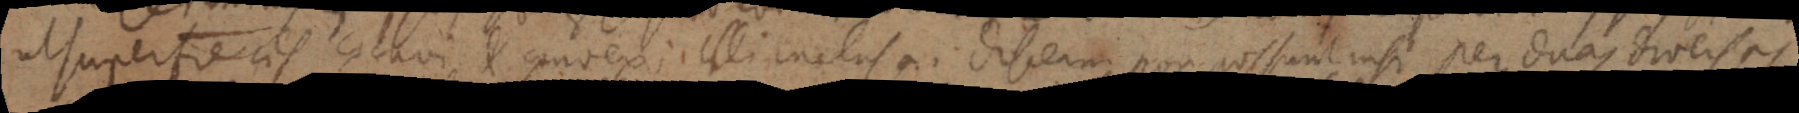
superficies concavi et convexi illi inclusa. Discerni non possunt nisi per duas diversas